Indian Civil Veterinary Department memoirs
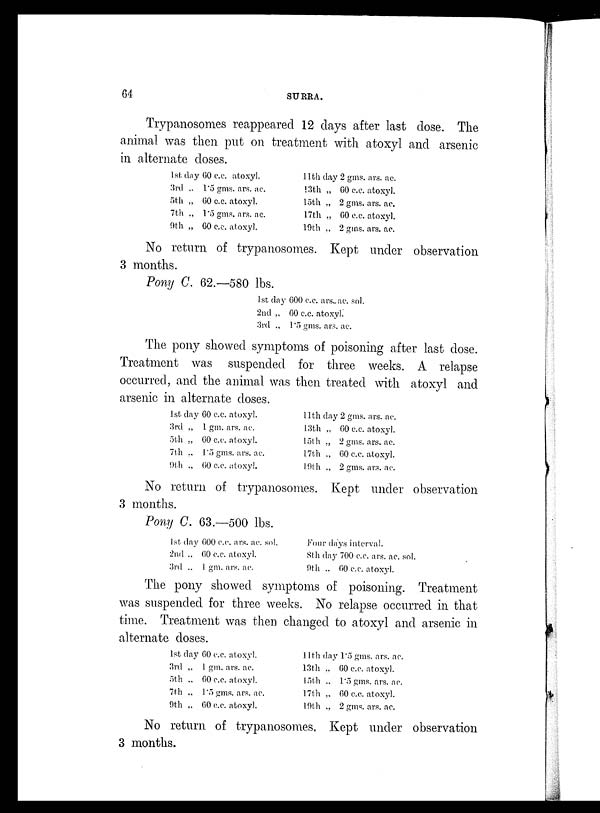
64
SURRA.
Trypanosomes reappeared 12 days after last dose. The
animal was then put on treatment with atoxyl and arsenic
in alternate doses.
1st day 60 c.c. atoxyl.
3rd „ 1.5 gms. ars. ac.
5th „ 60 c.c. atoxyl.
7th „ 1.5 gms. ars. ac.
9th „ 60 c.c. atoxyl.
11th day 2 gms. ars. ac.
13th „ 60 c.c. atoxyl.
15th „ 2 gms. ars. ac.
17th „ 60 c.c. atoxyl.
19th „ 2 gms. ars. ac.
No return of trypanosomes. Kept under observation
3 months.
Pony C. 62.—580 lbs.
1st day 600 c.c. ars. ac. sol.
2nd „ 60 c.c. atoxyl.
3rd „ 1.5 gms. ars. ac.
The pony showed symptoms of poisoning after last dose.
Treatment was suspended for three weeks. A relapse
occurred, and the animal was then treated with atoxyl and
arsenic in alternate doses.
1st day 60 c.c. atoxyl.
3rd „ 1 gm. ars. ac.
5th „ 60 c.c. atoxyl.
7th „ 1.5 gms. ars. ac.
9th „ 60 c.c. atoxyl.
11th day 2 gms. ars. ac.
13th „ 60 c.c. atoxyl.
15th „ 2 gms. ars. ac.
17th „ 60 c.c. atoxyl.
19th „ 2 gms. ars. ac.
No return of trypanosomes. Kept under observation
3 months.
Pony C. 63.—500 lbs.
1st day 600 c.c. ars. ac. sol.
2nd „ 60 c.c. atoxyl.
3rd ., 1 gm. ars. ac.
Four days interval.
8th day 700 c.c. ars. ac. sol.
9th „ 60 c.c. atoxyl.
The pony showed symptoms of poisoning. Treatment
was suspended for three weeks. No relapse occurred in that
time. Treatment was then changed to atoxyl and arsenic in
alternate doses.
1st day 60 c.c. atoxyl.
3rd „ 1 gm. ars. ac.
5th „ 60 c.c. atoxyl.
7th „ 1.5 gms. ars. ac.
9th „ 60 c.c. atoxyl.
11th day 1.5 gms. ars. ac.
13th „ 60 c.c. atoxyl.
15th „ 1.5 gms. ars. ac.
17th ... 60 c.c. atoxyl.
19th „ 2 gms. ars. ac.
No return of trypanosomes. Kept under observation
3 months.